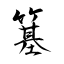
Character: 簊